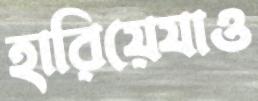
হারিয়েযাও